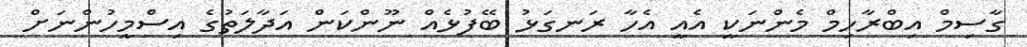
ގާސިމް އިބްރާހިމް މެންނަކީ އެއީ އެހާ ރަނގަޅު ބޭފުޅެއް ނޫންކަން އަދާލަތުގެ އިސްމީހުންނަށް